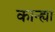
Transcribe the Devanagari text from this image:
कान्ह्या